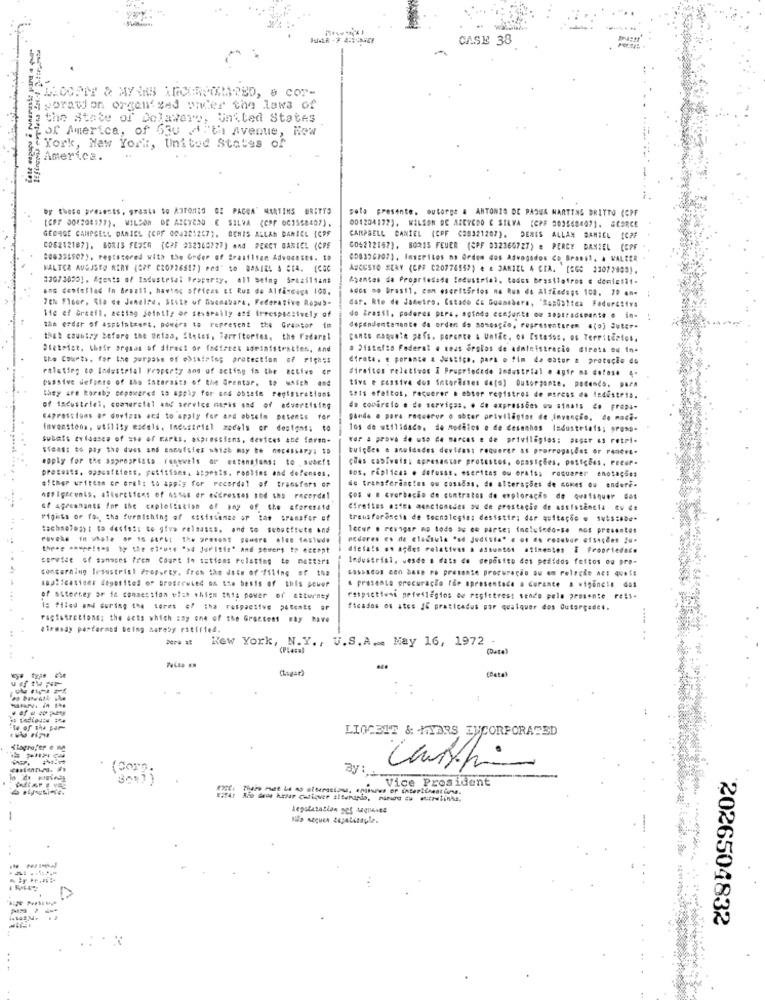
CASE 38
LECCEIT & MYINS ARCHROOMMATED, & COT-
iporation organised onder the laws of
the State of Delaware, United States
of America, of 630 /"th Avenue, Row
York, New York, United States of
America.
by these presents, grants to ANTONIO GE PAGOA' MARTINS WRITYO
pota presente. outorge & ANTONIO DE PADUA MARTINS DRITTO (CPF
[CPF 004208179). WILSON DE AZEVEDO E SILVA (CPF 001558487).
GEDAGE CAMPBELL DANIEL (CPF 004221247). OCHIS ALLAN DANIEL {CPF
004204172), WILSON DE AZEVEDO C SILVA (CPF 303568407). GCORCE
CAMPBELL CANIEL (CPF (08321207). DEMES ALLAN BAMIEL [CPF
[06212187]. BORIS FEJEG (CPF 232345777] And PERCY DANIEL (CPF
005212187), BORIS FEUER (CPF 932366727) = PERCY DANIEL (CPF
006336507). registered with the Order of Brasilian Advocates. to
008336707), Inscritos na Ordem dos Advogados Co Brasil, à WALTER
MALTER AUGUSTO KERY (CPF CRO726817) Ped" to DANIEL & CIA. [CGC
ASCUSTO SERY (CPF C20776157) # # DANIEL 4 CIA. [GGC 23072989).
32073000], Agents of Industrial Fraperty, ell seing 5-aziliant
Asantes da Propriedade ledustrial. todos brasilatres e domicili-
and deniefled In Brazil, havtec ofricas Et Rus de Alfandega 100.
hdes no brasil, con escritorios na Run do AlfEndags 103. 70 an-
7th Floor, Sta de Jenalee. SEite of Guanabara, Federative Repub-
dar. Rio de Janeiro. Estado Ce Guanabara, 'Sapoaltea Federativa
Wie ef Greell, acting jointly or severally and irrespectively of
do Brasil. poderes pura, aotodo ccejunte ow soptradimento . in-
the erdar of aspetotrent, powers to represent the Gramsor im
dependentamante da orden do somespie, representuren a(a) Juter.
that country before the uefaa, Stetes. Territories. the Fadarel
canto maquete pofs. parante a União. os Estados. os Territories.
#fetoist. their orgnas of direct or indirect administratien, and
a 21stofto Federal e tous drolos de administracio direta ou in.
the Courts. for the porpass of obtaining protection of rights
Strate. e poronce a Justiça, para o fim da cator a proteção do
ralatirg co Industrial Property and of acting in the active or
#iraitos relativos I Propriedade Industrial . agir ma dotos. 4.
passive defonre of the interests of the Grentar. to watch and
tive e passive dos intorinses dato) Outorgante, podendo. para
they are Boraby sepowered to apply for ond obtete registrations
tots efeitos, requerer . ebtor registros de mtrees do Industria.
of Iacustriel, commercial and service marks sad of advertising
do covirsto o de serviços. . de expressões ou sinais de Fropa-
Expressions or dovisas and to apply for and obsels patents for
panda . para requerer o obter priviligton de Invenção, de maci-
imveastons, wtflity escels. Industrial zadels or designs: 00
10s de wtilidade. de Modelos e de desenhos Industriais; prosp-
subatt avidases of use of marks. aspressions, devices ane foren-
ror a prova de uso de marcas e de privilégios: poser as retri-
$feas: to pay the dues and annafiez which may ** ******* ry: to
tuições e anuidades deviens: requerer as prorrogações or reqera-
apply for the aspreprista remewels or extensions; to .swbef:
ÇUas cabíveis: apresentar protestos. oposições, petições. Pecor-
precasts. oppositions, petitions. 4:pests. Pophins and defenses.
sos. replicas e dofusas. escritas ou orais; roquarer enotações
efther written or oral; to apply for recordal of transfers or
de transferanotes ou cosadas. de altera;Ses de comes ou enderi-
hus Igrcunts, afterctions of Asses er addresses and the racerdal
CO. .. kvarbação de contratos de exploração de quaisquer des
Gf agremnants for the caplolistisn of any of the aforesaid
Cirettes astes monctonades ou de prestacie de Assistência Cu ##
Pigits or fo. the furnishing of assistance or the transfer of
transferência de tecnologias desistir; dar quitação . subs:Abe-
tochseleast to desisti to give releases. and to substitute and
lecer . revigar mo todo aw oo parte; incluindo-se not presentes
rovche in whale op is Auch: the present sowere alne testude
pedores es de clausula "ad judista* e os de rosabar atsações Zu.
the .. ...... shy : * i *** * sd Juritie* And powers to accept
dieta!s .* ações relativas a assuntos atinentes i Propriedade
service of samaces from Court Io sations relating to mesters
Industrisi, wesde e dats de deposito dos pedidos feitos ou pre-
. .
concerning Industrial Property. from the date of filing of the
cassados con base re presente procuração ou em relação nes quais
sspifcasions doyotitel of broserwind on the basis of this seuer
. presenta procuração for apresentada a durante a vigência do#
of Sterney or fa consession with whiem tots power of attorney
respictiwas notvilegios ce ropistress sendo pela presente rest-
1: #11ed and during the terms #7 :ha respactive patents af
ficados os ates IC praticados por qualquer dos Outorgades.
Fagistrotions; the acts which say one of the Gractent Fay have
elemsay performed being nareby ritirie4.
New York, N.Y ., U.S. A ... May 16, 1972
(Date)
(Lugar)
(Data
LIGGEIT & HYDRS INCORPORATED
Slagruftr . M
(Coro
By
Vice President
--
Não sequer zapatizaple.
2026504832
.. . K
..